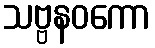
သဗ္ဗနဝကော